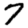
Digit: 7